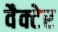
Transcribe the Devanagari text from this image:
वैक्टेर